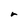
Character: r